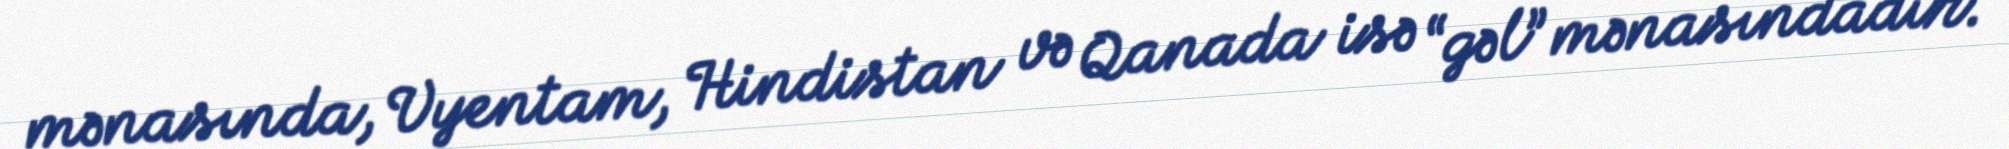
mənasında, Vyentam, Hindistan və Qanada isə “gəl” mənasındadır.